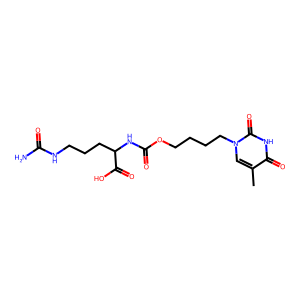
SMILES: Cc1cn(CCCCOC(=O)NC(CCCNC(N)=O)C(=O)O)c(=O)[nH]c1=O
Inhibits HIV replication: No